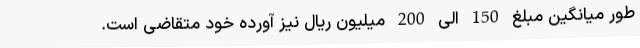
طور میانگین مبلغ 150 الی 200 میلیون ریال نیز آورده خود متقاضی است.